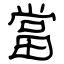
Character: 當